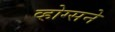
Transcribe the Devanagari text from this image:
व्होग्सने